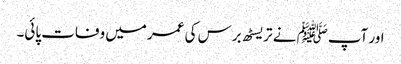
اور آپﷺ نے تریسٹھ برس کی عمر میں وفات پائی۔